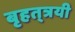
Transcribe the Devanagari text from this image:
बृहत्‌त्रयी